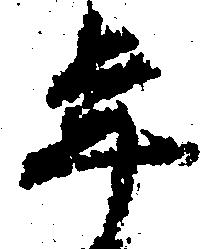
年